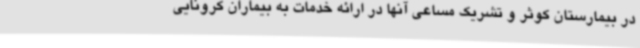
در بیمارستان کوثر و تشریک مساعی آنها در ارائه خدمات به بیماران کرونایی